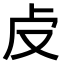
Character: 𠧘